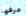
عرفها